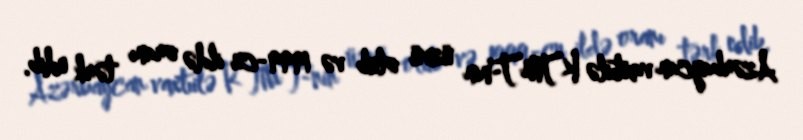
Azərbaycan vaxtıilə KTMT-nin üzvü olub və 1999-cu ildə oranı tərk edib.